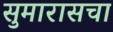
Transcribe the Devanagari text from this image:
सुमारासचा